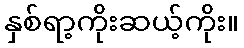
နှစ်ရာ့ကိုးဆယ့်ကိုး။